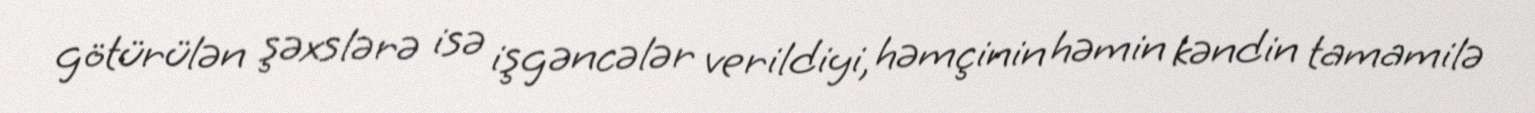
götürülən şəxslərə isə işgəncələr verildiyi, həmçinin həmin kəndin tamamilə